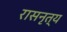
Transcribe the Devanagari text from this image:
रासनृत्य